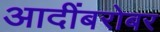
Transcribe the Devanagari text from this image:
आदींबरोबर